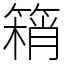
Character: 䈾